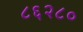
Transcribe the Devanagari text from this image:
८६२८०